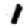
Digit: 1